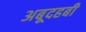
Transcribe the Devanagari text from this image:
अबूदहबी